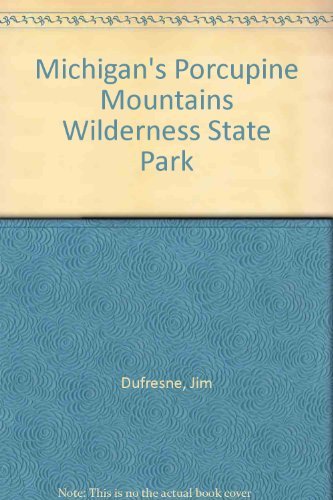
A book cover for Michigan's Porcupine Mountains Wilderness State Park; Jim Dufresne; Travel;